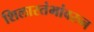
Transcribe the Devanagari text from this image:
शिलास्तंभांवरुन